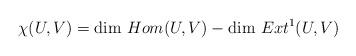
LaTeX: \begin{align*}\chi(U,V) = \dim \, Hom(U,V) - \dim \, Ext^1(U,V)\end{align*}